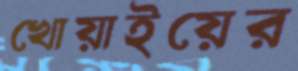
খোয়াইয়ের